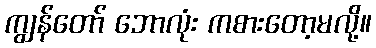
ကျွန်တော် ဘောလုံး ကစားတော့မလို့။